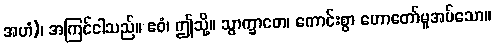
အဟံ)၊ အကြင်ငါသည်။ ဧဝံ၊ ဤသို့။ သွာက္ခာတေ၊ ကောင်းစွာ ဟောတော်မူအပ်သော။